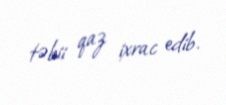
təbii qaz ixrac edib.